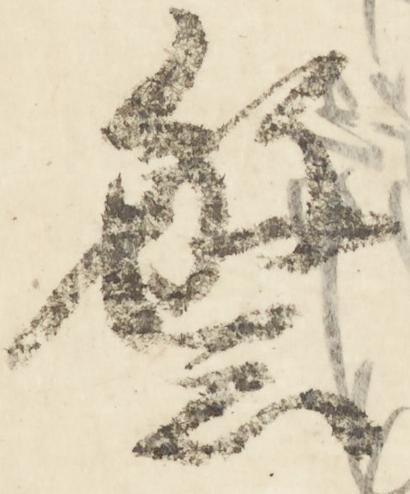
繁